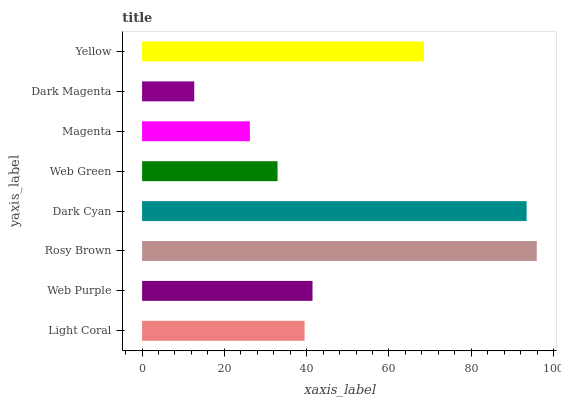
| yaxis_label | bars |
 | --- | --- |
 | Light Coral | 39.5 |
 | Web Purple | 41.4 |
 | Rosy Brown | 95.9 |
 | Dark Cyan | 93.5 |
 | Web Green | 32.9 |
 | Magenta | 26.2 |
 | Dark Magenta | 12.7 |
 | Yellow | 68.5 |